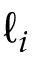
\ell _ { i }